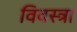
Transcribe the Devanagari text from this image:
विवस्त्रा